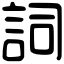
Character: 詞